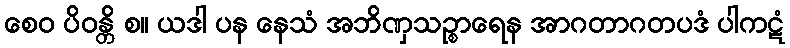
စေဝ ပိဝန္တိ စ။ ယဒါ ပန နေသံ အဘိဏှသဉ္စာရေန အာဂတာဂတပဒံ ပါကဋံ